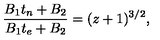
\frac { B _ { 1 } t _ { n } + B _ { 2 } } { B _ { 1 } t _ { e } + B _ { 2 } } = ( z + 1 ) ^ { 3 / 2 } ,